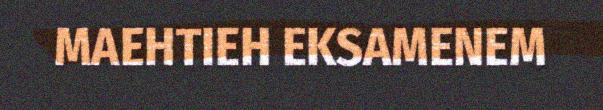
MAEHTIEH EKSAMENEM